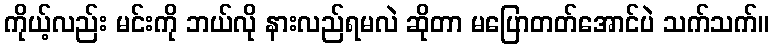
ကိုယ့်လည်း မင်းကို ဘယ်လို နားလည်ရမလဲ ဆိုတာ မပြောတတ်အောင်ပဲ သက်သက်။